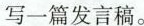
写一篇发言稿。